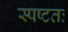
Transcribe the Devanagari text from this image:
स्पष्‍टतः